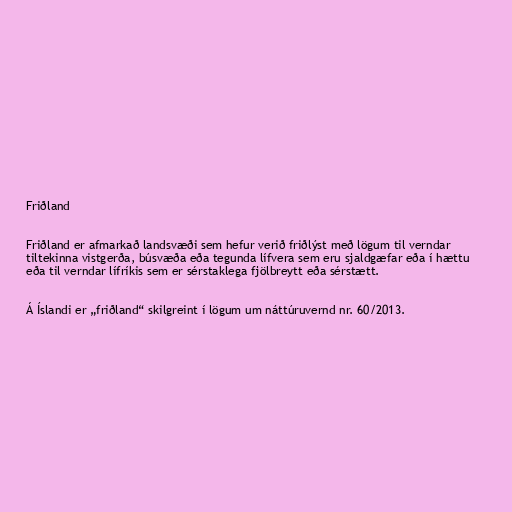
Friðland

Friðland er afmarkað landsvæði sem hefur verið friðlýst með lögum til verndar
tiltekinna vistgerða, búsvæða eða tegunda lífvera sem eru sjaldgæfar eða í hættu
eða til verndar lífríkis sem er sérstaklega fjölbreytt eða sérstætt.

Á Íslandi er „friðland“ skilgreint í lögum um náttúruvernd nr. 60/2013.